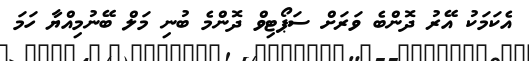
އެކަމަކު އޭރު ދޮންބެ ވަރަށް ސަޕޯޓިވް ދޮންމެ ބުނި މަލް ބޭނުމިއްޔާ ހަމަ